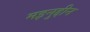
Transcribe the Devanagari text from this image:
मइनुद्दीन